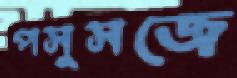
পসুসজে